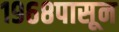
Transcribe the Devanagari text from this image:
१९६८पासून